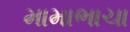
મામાભાચા